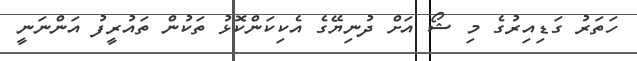
ހަތަރު ގަޑިއިރުގެ މި ޝޯ އަށް ދުނިޔޭގެ އެކިކަންކޮޅު ތަކުން ތައުރީފު އަންނަނީ